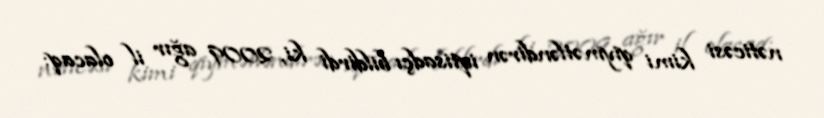
nəticəsi kimi qiymətləndirən iqtisadçı bildirdi ki, 2009 ağır il olacaq: